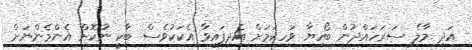
އަދި މާލެ ސަރަހައްދުން ބޯހިޔާ ވަހިކަމަށް އެދިފައިވާ އެކަކުވެސް ބާކީ ނުކޮށް އެންމެންނަށް